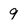
Character: 9